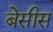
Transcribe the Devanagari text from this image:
बेसीस